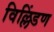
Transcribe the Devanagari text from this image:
विल्लिंडण